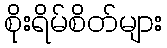
စိုးရိမ်စိတ်များ